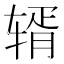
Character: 𬨏